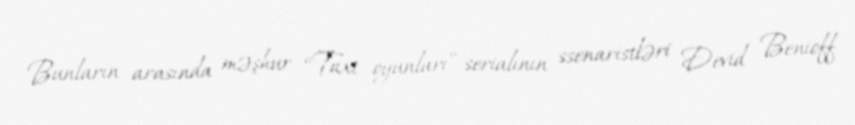
Bunların arasında məşhur “Taxt oyunları” serialının ssenaristləri Devid Benioff